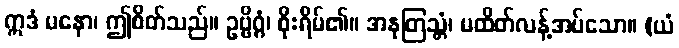
ဣဒံ မနော၊ ဤစိတ်သည်။ ဥဗ္ဗိဂ္ဂံ၊ စိုးရိမ်၏။ အနုတြသ္တံ၊ မထိတ်လန့်အပ်သော။ (ယံ